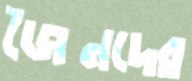
জৈনদের